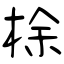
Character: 梌